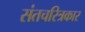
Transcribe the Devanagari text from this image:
संतचरित्रकार